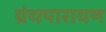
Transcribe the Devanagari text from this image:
ग्रंथपारायण